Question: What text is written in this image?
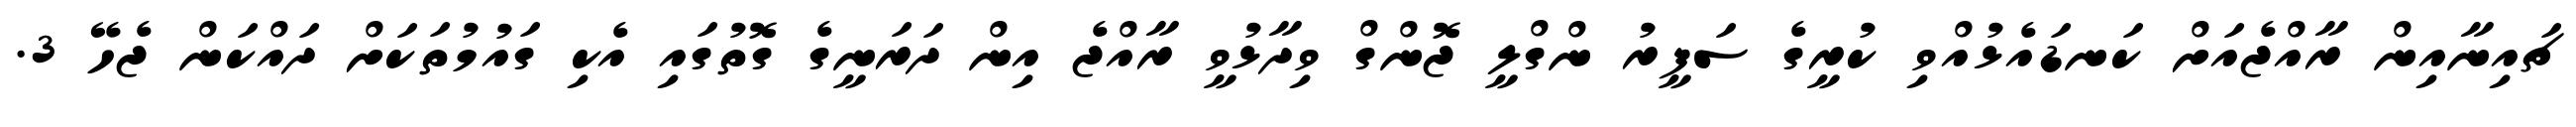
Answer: ޗައިނާއިން ރާއްޖެއަށް ކަނޑައެޅުއްވި ކުރީގެ ސަފީރު ންގްލީ ޖޮންގް ވިދާޅުވީ ރާއްޖެ އިން ދަރަނީގެ ގޮތުގައި އެކި ގައުމުތަކަށް ދައްކަން ޖެހޭ 3.